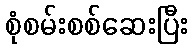
စုံစမ်းစစ်ဆေးပြီး